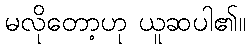
မလိုတော့ဟု ယူဆပါ၏။